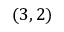
( 3 , 2 )